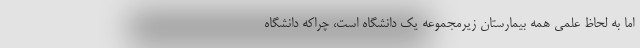
اما به لحاظ علمی همه بیمارستان زیرمجموعه یک دانشگاه است، چراکه دانشگاه